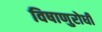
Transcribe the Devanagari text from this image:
विषाणुरोधी